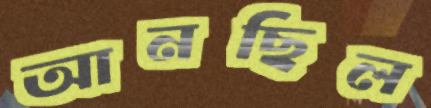
আনছিল